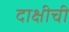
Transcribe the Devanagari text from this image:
दाक्षीची